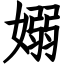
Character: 嫋